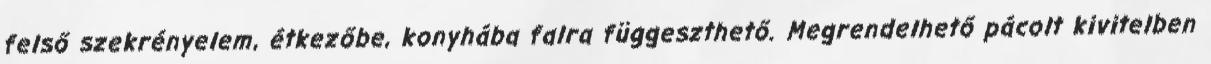
felső szekrényelem, étkezőbe, konyhába falra függeszthető. Megrendelhető pácolt kivitelben